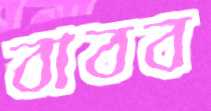
বাবব